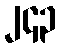
၂၄၃